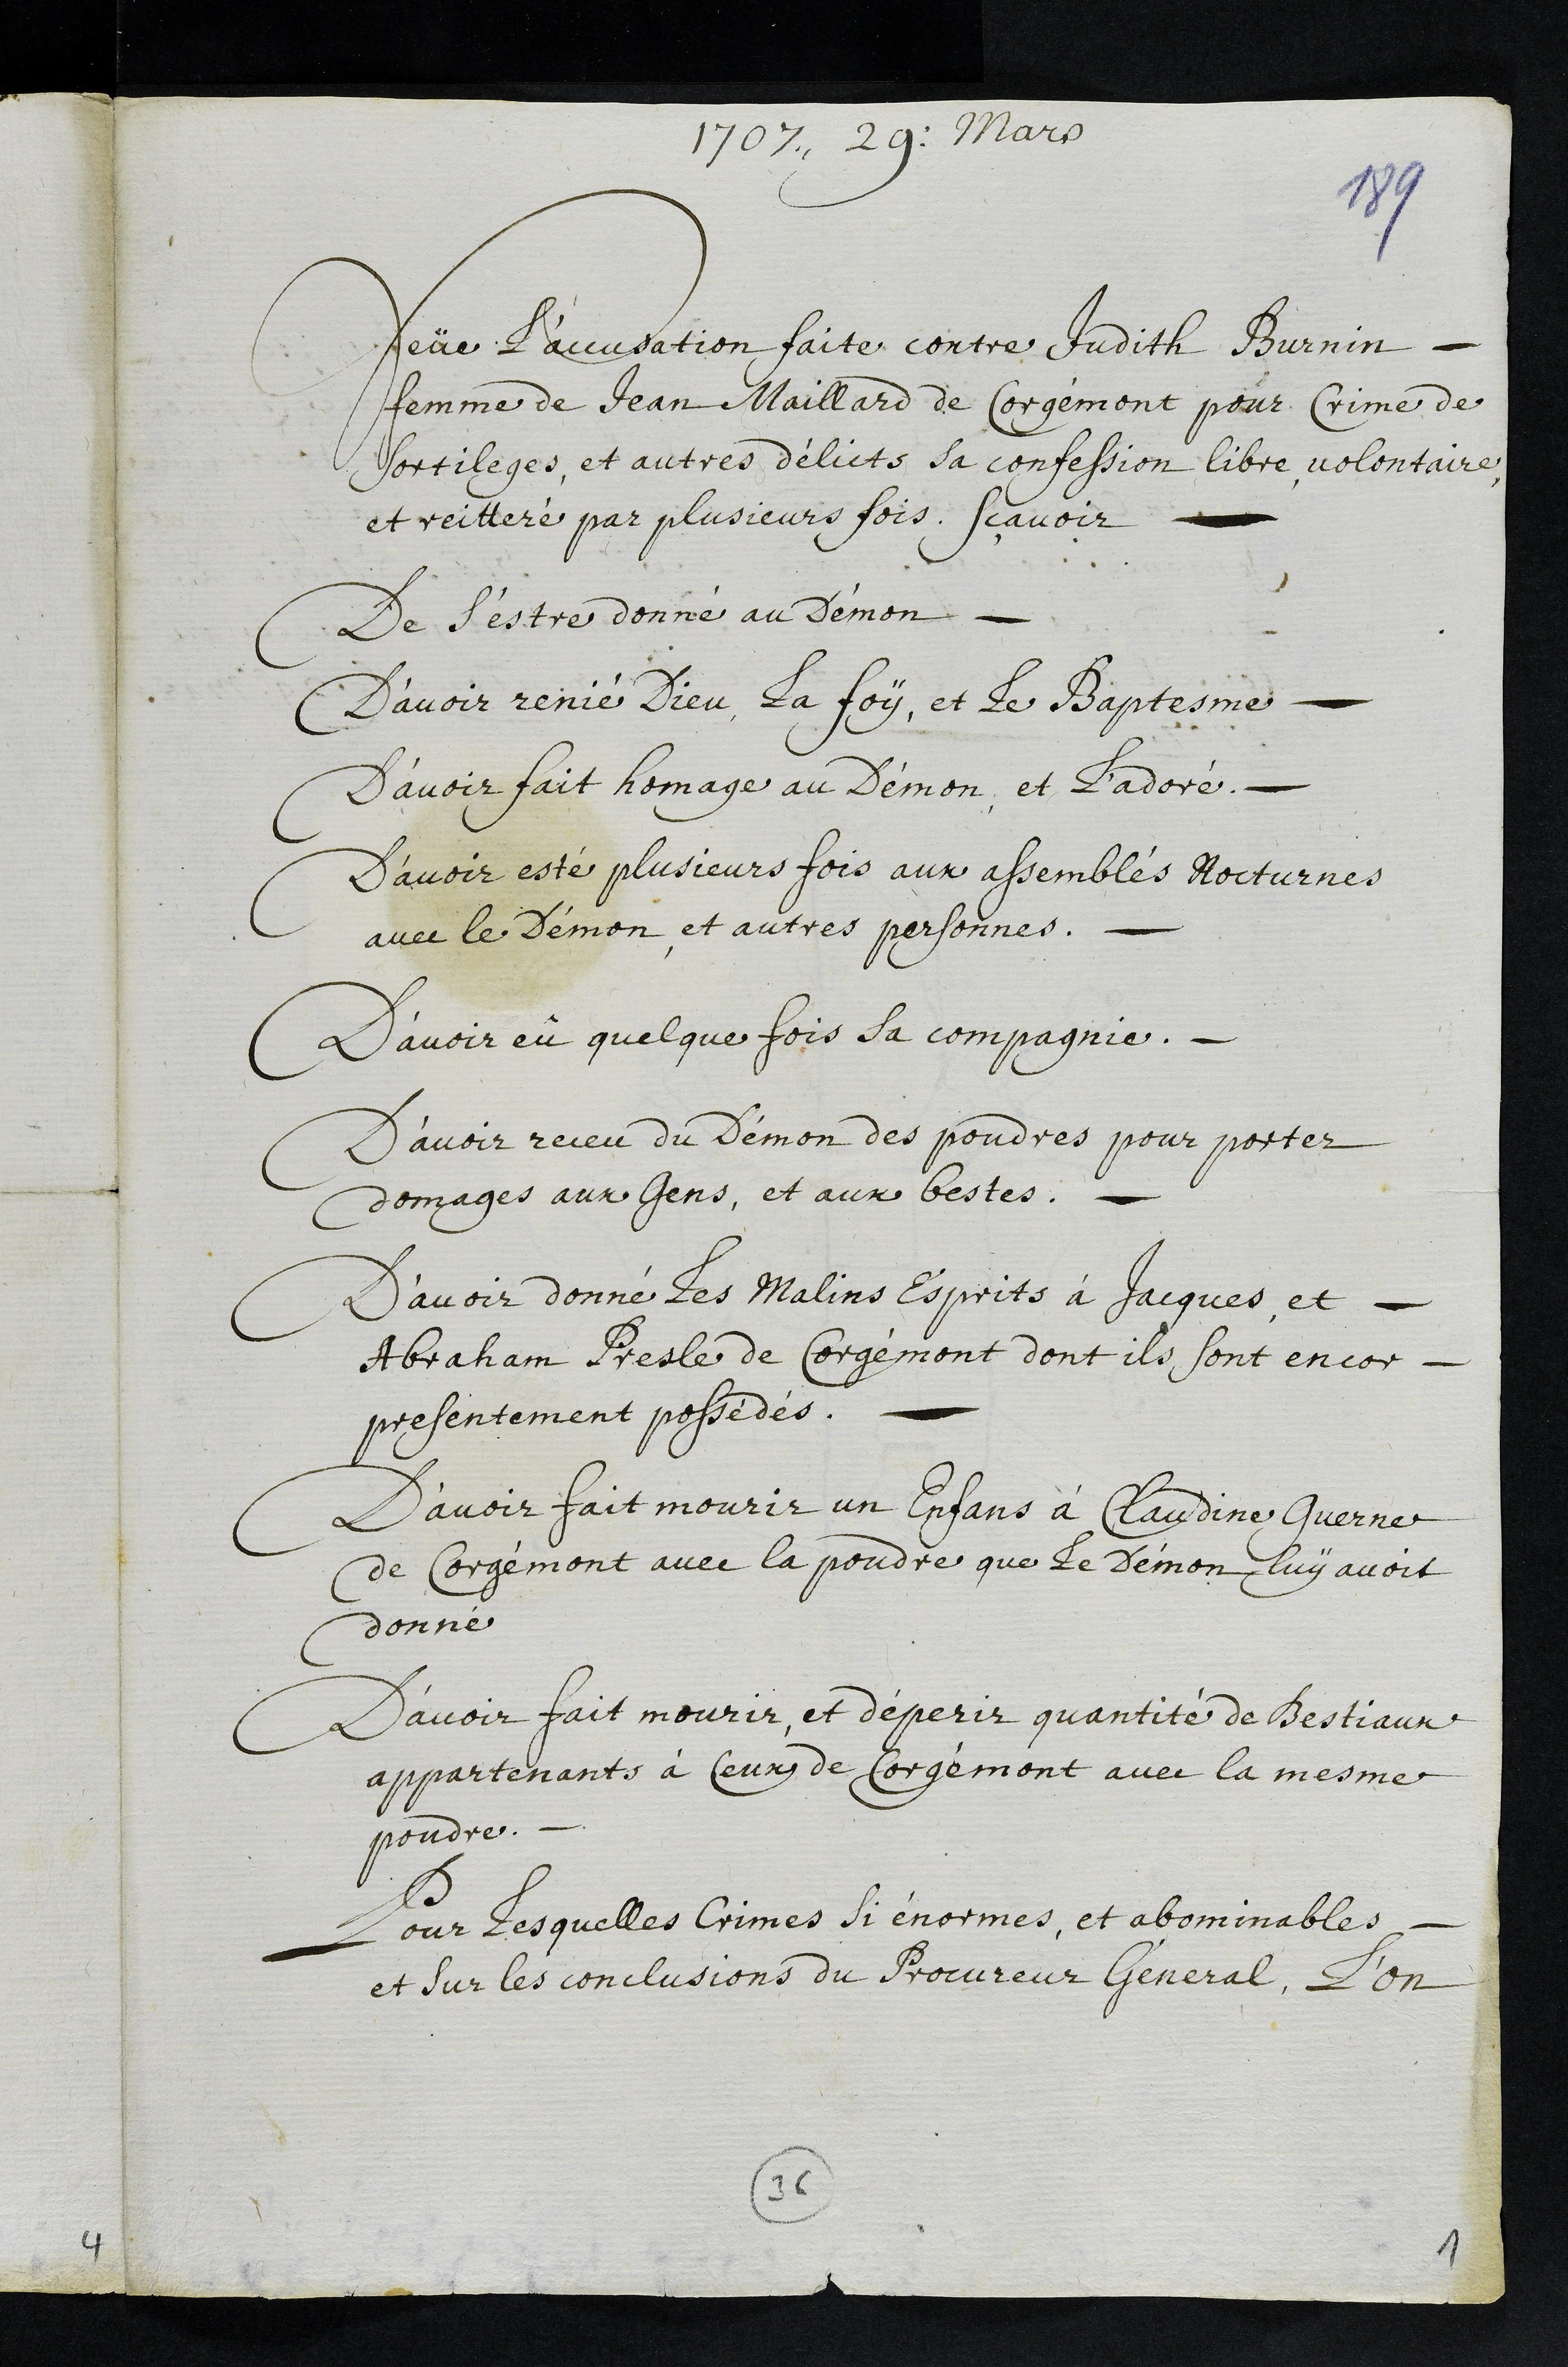
1707. 29. Mars
Veüe l’accusation faite contre Judith Burnin
femme de Jean Maillard de Corgémont pour Crime de
sortileges, et autres délicts sa confession libre, volontaire,
et reitteré par plusieurs fois. scavoir
De s'estre donné au Démon
D’avoir renié Dieu, la foy et le Baptesme
D’avoir fait homage au Démon et l’adoré.
D’avoir esté plusieurs fois aux assemblés Nocturnes
avec le Démon et autres personnes.
D’avoir eû quelque fois sa compagnie.
D’avoir receu du Démon des poudres pour porter
domages aux gens, et aux bestes.
D’avoir donné les Malins Esprits à Jacques, et
Abraham Presle de Corgémont dont ils sont encor
presentement possédés.
D'avoir fait mourir un Enfans à Claudine Guerne
de Corgémont avec la poudre que le Démon luy avoit
donné
D’avoir fait mourir, et déperir quantité de Bestiaux
appartenants à Ceux de Corgémont avec la mesme
poudre.
Pour lesquelles Crimes si énormes, et abominables
et sur les conclusions du Procureur Géneral, l’on

36
1